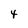
Character: 4